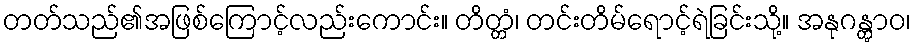
တတ်သည်၏အဖြစ်ကြောင့်လည်းကောင်း။ တိတ္တံ၊ တင်းတိမ်ရောင့်ရဲခြင်းသို့။ အနုဂန္တွာဝ၊